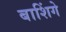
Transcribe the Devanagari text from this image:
बाशिंगे